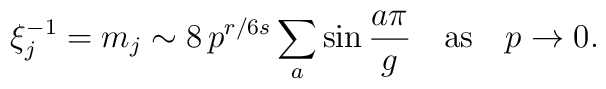
\xi_j^{-1}=m_j \sim 8\, p^{r/6s}  \sum_a \sin \frac{a\pi}{g}\quad \mbox{as} \quad p \to 0.